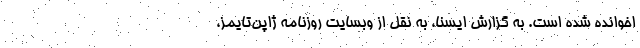
اخوانده شده است. به گزارش ایسنا، به نقل از وبسایت روزنامه ژاپن‌تایمز،